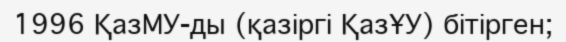
1996 ҚазМУ-ды (қазіргі ҚазҰУ) бітірген;